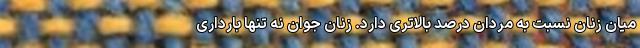
میان زنان نسبت به مردان درصد بالاتری دارد. زنان جوان نه تنها بارداری